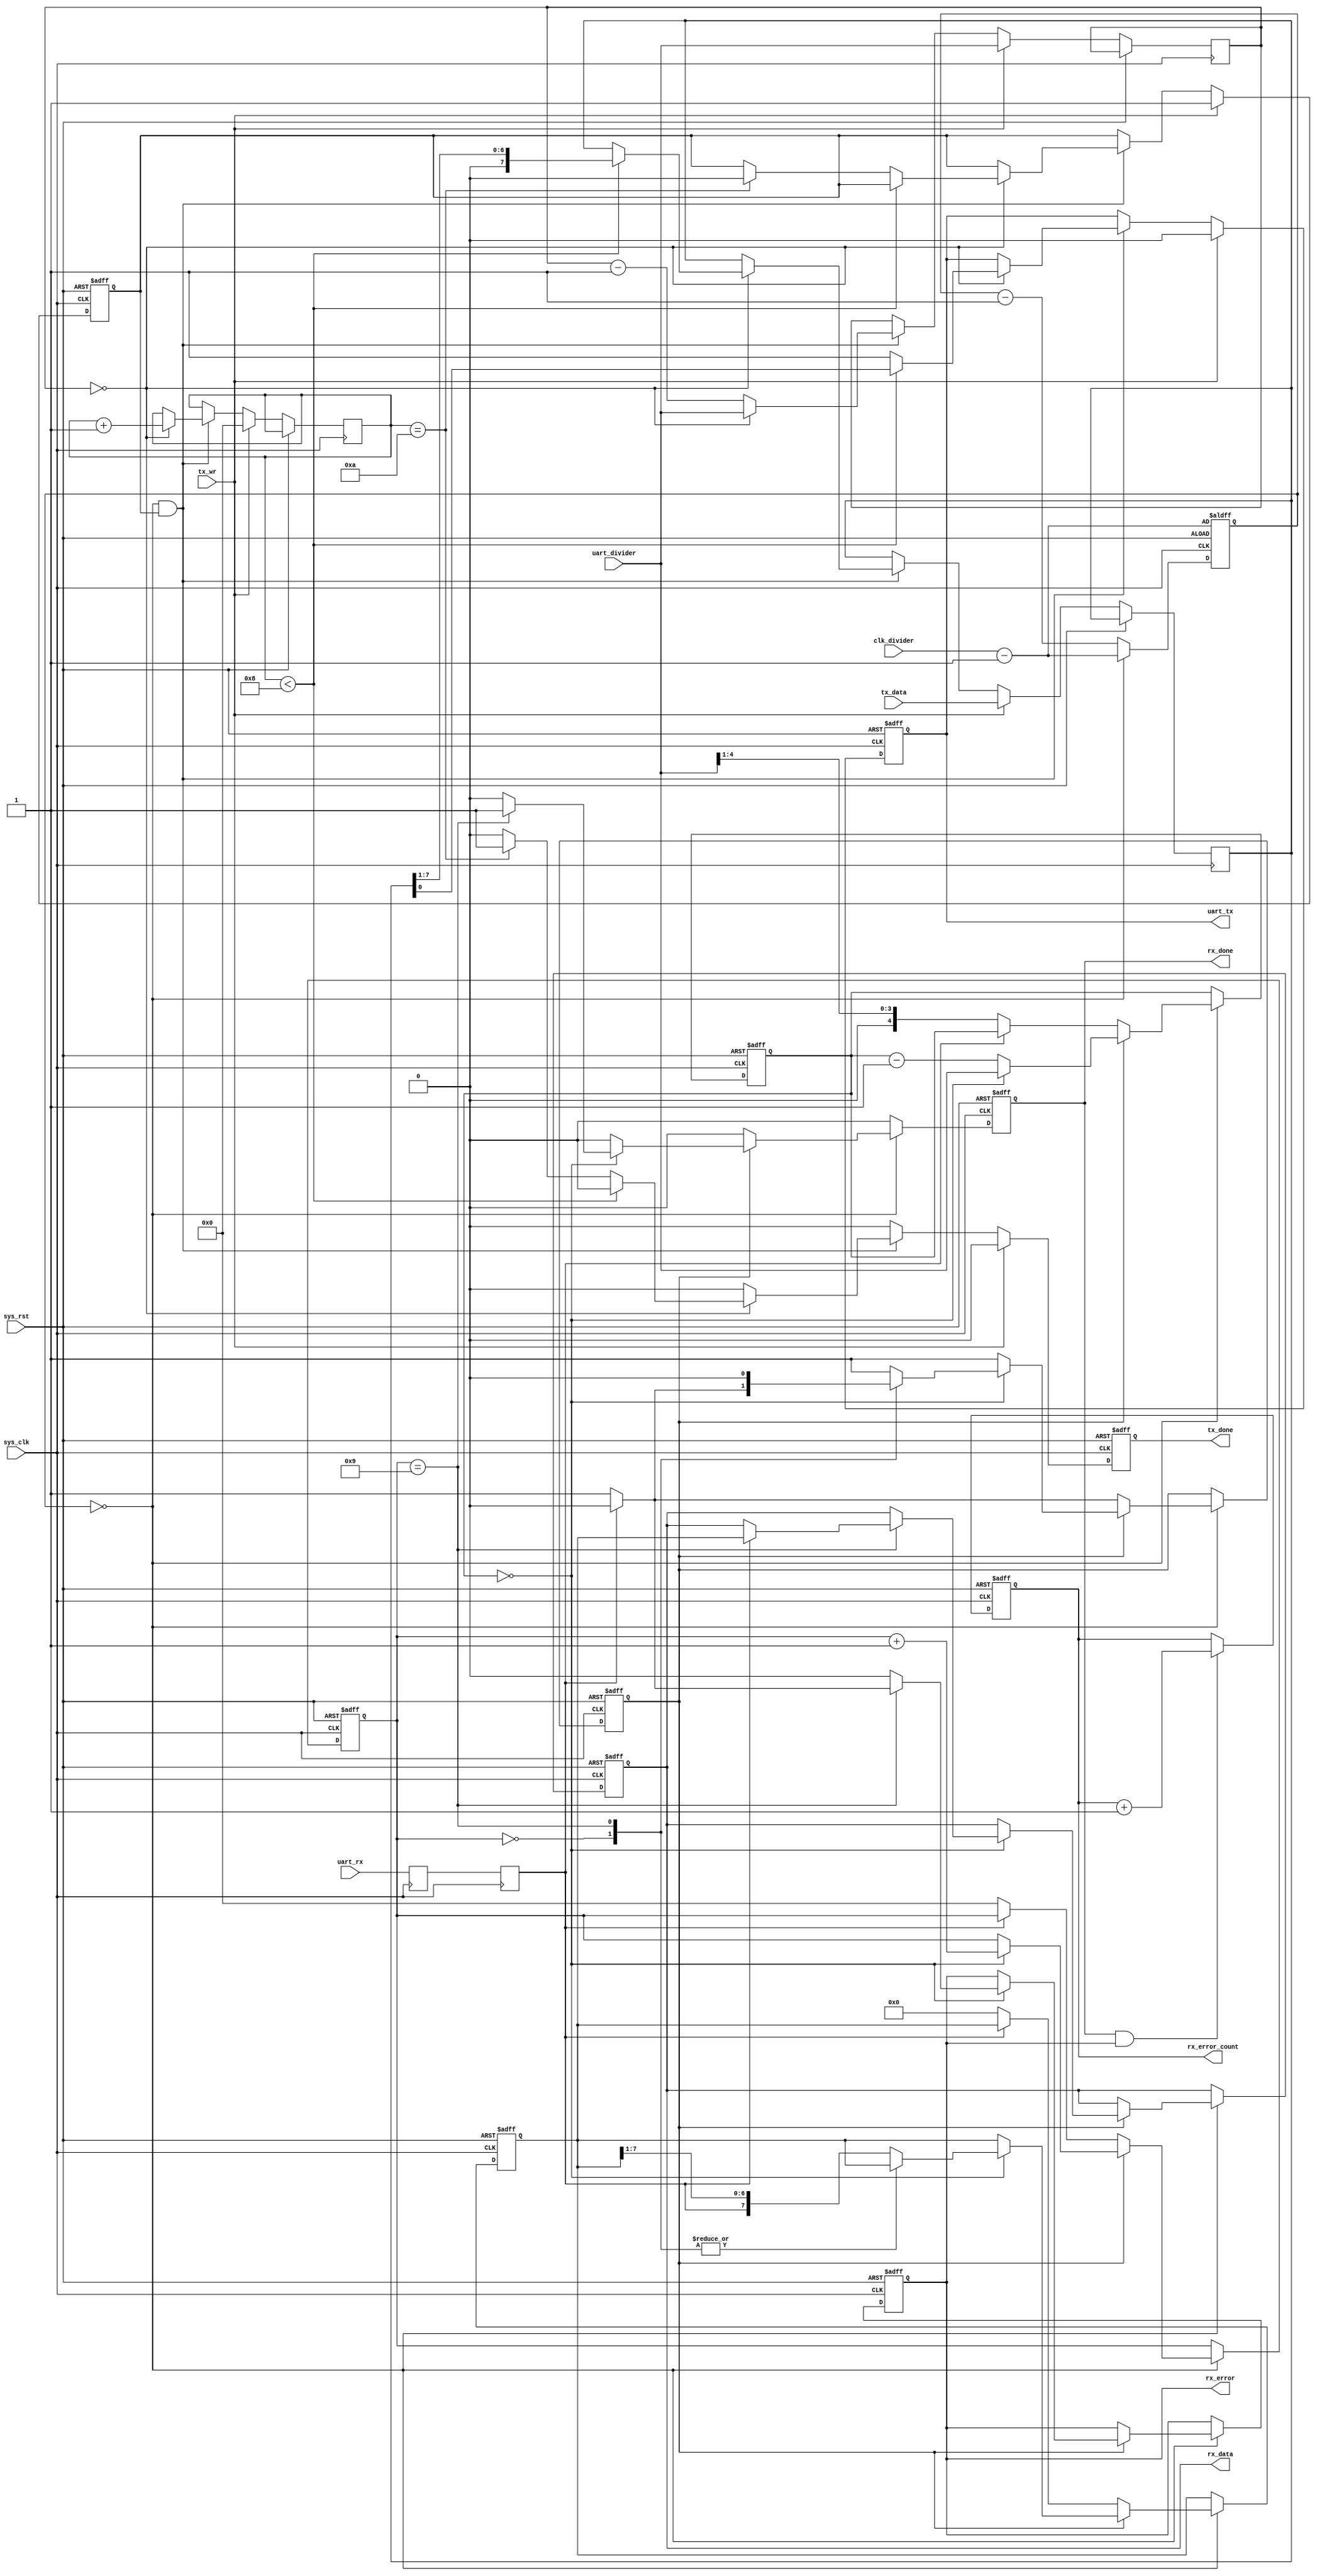
/*
  
   Multicore 2 / Multicore 2+
  
   Copyright (c) 2017-2020 - Victor Trucco

  
   All rights reserved
  
   Redistribution and use in source and synthezised forms, with or without
   modification, are permitted provided that the following conditions are met:
  
   Redistributions of source code must retain the above copyright notice,
   this list of conditions and the following disclaimer.
  
   Redistributions in synthesized form must reproduce the above copyright
   notice, this list of conditions and the following disclaimer in the
   documentation and/or other materials provided with the distribution.
  
   Neither the name of the author nor the names of other contributors may
   be used to endorse or promote products derived from this software without
   specific prior written permission.
  
   THIS CODE IS PROVIDED BY THE COPYRIGHT HOLDERS AND CONTRIBUTORS "AS IS"
   AND ANY EXPRESS OR IMPLIED WARRANTIES, INCLUDING, BUT NOT LIMITED TO,
   THE IMPLIED WARRANTIES OF MERCHANTABILITY AND FITNESS FOR A PARTICULAR
   PURPOSE ARE DISCLAIMED. IN NO EVENT SHALL THE AUTHOR OR CONTRIBUTORS BE
   LIABLE FOR ANY DIRECT, INDIRECT, INCIDENTAL, SPECIAL, EXEMPLARY, OR
   CONSEQUENTIAL DAMAGES (INCLUDING, BUT NOT LIMITED TO, PROCUREMENT OF
   SUBSTITUTE GOODS OR SERVICES; LOSS OF USE, DATA, OR PROFITS; OR BUSINESS
   INTERRUPTION) HOWEVER CAUSED AND ON ANY THEORY OF LIABILITY, WHETHER IN
   CONTRACT, STRICT LIABILITY, OR TORT (INCLUDING NEGLIGENCE OR OTHERWISE)
   ARISING IN ANY WAY OUT OF THE USE OF THIS SOFTWARE, EVEN IF ADVISED OF THE
   POSSIBILITY OF SUCH DAMAGE.
  
   You are responsible for any legal issues arising from your use of this code.
  
*/`timescale 1ns / 1ps

/*
 * Milkymist VJ SoC
 * Copyright (C) 2007, 2008, 2009, 2010 Sebastien Bourdeauducq
 * Copyright (C) 2007 Das Labor
 *
 * This program is free software: you can redistribute it and/or modify
 * it under the terms of the GNU General Public License as published by
 * the Free Software Foundation, version 3 of the License.
 *
 * This program is distributed in the hope that it will be useful,
 * but WITHOUT ANY WARRANTY; without even the implied warranty of
 * MERCHANTABILITY or FITNESS FOR A PARTICULAR PURPOSE.  See the
 * GNU General Public License for more details.
 *
 * You should have received a copy of the GNU General Public License
 * along with this program.  If not, see <http://www.gnu.org/licenses/>.
 
 Jose Tejada Dec 2014: 
 	Added parity and error signal
 	Modified to work at 230400 bps with 50MHz clock
 	230400 does not work on the implemented device. Both RX and TX seem to be failing
 	The reason could be electrical: signal loss through the cable. But I have not verified it
	
 Jose Tejada June 2016
  Parity removed.
 */

module uart_transceiver(
	input sys_rst,
	input sys_clk,

	input uart_rx,
	output reg uart_tx, // serial signal to transmit. High when idle

	input [4:0] uart_divider, /* number of divisions of the UART bit period */
	input [4:0] clk_divider, /* Division of the system clock
		For a 50MHz system clock use:
			clk_divider = 28, uart_divider = 30 ->  57kbps, 0.01% timing error		
			clk_divider = 14, uart_divider = 30 -> 115kbps, 0.01% timing error
			clk_divider =  7, uart_divider = 30 -> 230kbps, 0.01% timing error
	*/

	output reg [7:0] rx_data,
	output reg rx_done,
	output reg rx_error,
	output reg [7:0] rx_error_count,

	input [7:0] tx_data,
	input tx_wr,
	output reg tx_done
);

//-----------------------------------------------------------------
// slow_clk generator... this is actually a 32-module counter
//-----------------------------------------------------------------
reg [4:0] clk_counter;

wire slow_clk;
assign slow_clk = !clk_counter;

always @(posedge sys_clk or posedge sys_rst) begin : clock_divider
	if(sys_rst)
		clk_counter <= clk_divider - 4'b1;
	else begin
		clk_counter <= clk_counter - 4'd1;
		if(slow_clk)
			clk_counter <= clk_divider - 4'b1;
	end
end

//-----------------------------------------------------------------
// Synchronize uart_rx
//-----------------------------------------------------------------
reg uart_rx1;
reg uart_rx2;

always @(posedge sys_clk) begin : synchronizer
	uart_rx1 <= uart_rx;
	uart_rx2 <= uart_rx1;
end

//-----------------------------------------------------------------
// UART RX Logic
//-----------------------------------------------------------------
reg rx_busy;
reg [4:0] rx_divcount;
reg [3:0] rx_bitcount;
reg [7:0] rx_reg;

always @(posedge sys_clk or posedge sys_rst) begin : error_count
	if( sys_rst ) begin
		rx_error_count <= 8'd0;
	end
	else begin
		if( rx_done && rx_error ) rx_error_count <= rx_error_count + 1'd1;
	end
end

always @(posedge sys_clk or posedge sys_rst) begin : rx_logic
	if(sys_rst) begin
		rx_done <= 1'b0;
		rx_busy <= 1'b0;
		rx_divcount  <= 5'd0;
		rx_bitcount <= 4'd0;
		rx_data		<= 8'd0;
		rx_reg    <= 8'd0;
		rx_error <= 1'b0;
	end else begin
		rx_done <= 1'b0;
		
		if(slow_clk) begin
			if(~rx_busy) begin // look for start bit
				if(~uart_rx2) begin // start bit found
					rx_busy <= 1'b1;
					rx_divcount <= { 1'b0, uart_divider[4:1] }; // middle bit period
					rx_bitcount  <= 4'd0;
					rx_reg       <= 8'h0;
				end
			end else begin
				if( !rx_divcount ) begin // sample
					rx_bitcount  <= rx_bitcount + 4'd1;
					rx_divcount <= uart_divider;	// start to count down from top again
					rx_error     <= 1'b0;
					case( rx_bitcount )
						4'd0: // verify startbit
							if(uart_rx2)
								rx_busy <= 1'b0;
						4'd9: begin // stop bit
							rx_busy <= 1'b0;
							if(uart_rx2) begin // stop bit ok
								rx_data <= rx_reg;
								rx_done <= 1'b1;	
							end else begin // RX error
								rx_done  <= 1'b1;
								rx_error <= 1'b1;
								end
							end
							default: // shift data in
								rx_reg <= {uart_rx2, rx_reg[7:1]};
					endcase
				end
				else rx_divcount <= rx_divcount - 1'b1;
			end
		end
	end
end

//-----------------------------------------------------------------
// UART TX Logic
//-----------------------------------------------------------------
reg tx_busy;
reg [3:0] tx_bitcount;
reg [4:0] tx_divcount;
reg [7:0] tx_reg;

always @(posedge sys_clk or posedge sys_rst) begin :tx_logic
	if(sys_rst) begin
		tx_done <= 1'b0;
		tx_busy <= 1'b0;
		uart_tx <= 1'b1;
	end else begin
		tx_done <= 1'b0;
		if(tx_wr) begin
			tx_reg <= tx_data;
			tx_bitcount <= 4'd0;
			tx_divcount <= uart_divider;
			tx_busy <= 1'b1;
			uart_tx <= 1'b0;
`ifdef SIMULATION
//			$display("UART: send%c", tx_data);
`endif
		end else if(slow_clk && tx_busy) begin

			if( !tx_divcount ) begin
				tx_bitcount <= tx_bitcount + 4'd1;
				tx_divcount <= uart_divider;	// start to count down from top again
				if( tx_bitcount < 4'd8 ) begin
						uart_tx <= tx_reg[0];
						tx_reg <= {1'b0, tx_reg[7:1]};
						end
				else begin
					uart_tx <= 1'b1; // 8 bits sent, now 1 or more stop bits
					if( tx_bitcount==4'd10 ) begin
						tx_busy <= 1'b0;
						tx_done <= 1'b1;
					end
				end
			end
			else tx_divcount  <= tx_divcount - 1'b1;
		end
	end
end

endmodule